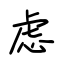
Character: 虑